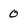
Character: 0